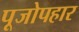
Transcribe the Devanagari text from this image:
पूजोपहार